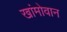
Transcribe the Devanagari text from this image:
खांमोवान